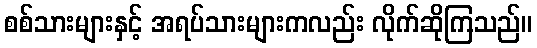
စစ်သားများနှင့် အရပ်သားများကလည်း လိုက်ဆိုကြသည်။